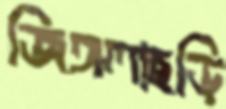
জিঙ্গলাছড়ি